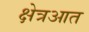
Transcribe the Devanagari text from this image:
क्षेत्रआत